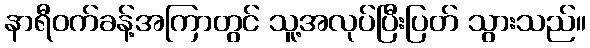
နာရီဝက်ခန့်အကြာတွင် သူ့အလုပ်ပြီးပြတ် သွားသည်။